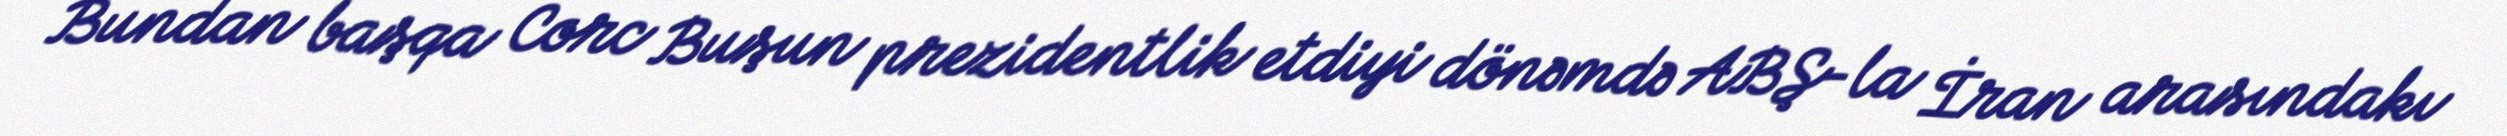
Bundan başqa Corc Buşun prezidentlik etdiyi dönəmdə ABŞ-la İran arasındakı